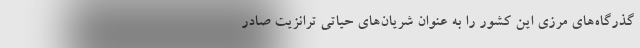
گذرگاه‌های مرزی این کشور را به عنوان شریان‌های حیاتی ترانزیت صادر